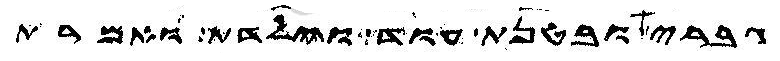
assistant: גברי ובטנת עוד וילדת ואמרת